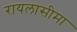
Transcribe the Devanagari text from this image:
रायलासीमा